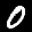
Label: 0